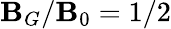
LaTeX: \mathbf{B}_{G}/\mathbf{B}_{0}=1/2